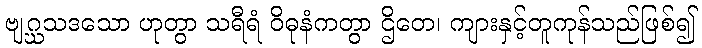
ဗျဂ္ဃသဒသော ဟုတွာ သရီရံ ဝိဓုနံကတွာ ဌိတေ၊ ကျားနှင့်တူကုန်သည်ဖြစ်၍